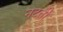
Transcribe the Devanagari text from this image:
नटती